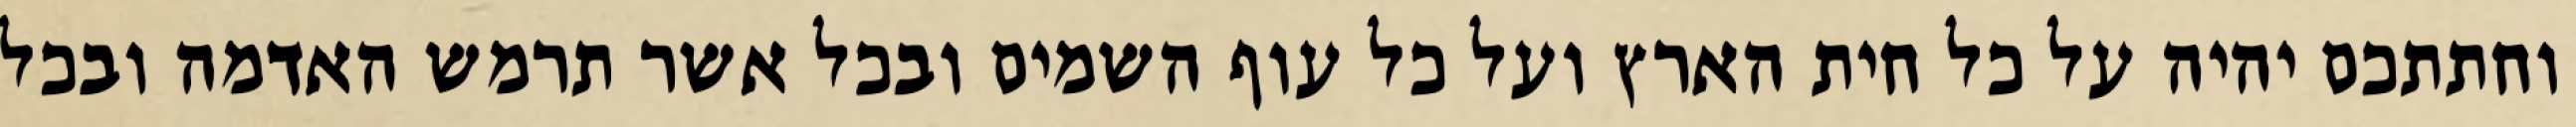
וחתתכם יהיה על כל חית הארץ ועל כל עוף השמים ובכל אשר תרמש האדמה ובכל